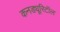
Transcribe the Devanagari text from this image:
कनड्यूरिटॉल